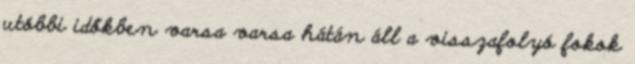
utóbbi időkben varsa varsa hátán áll a visszafolyó fokok